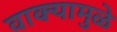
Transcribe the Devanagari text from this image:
वाक्यामुळे